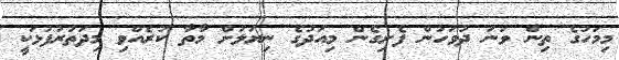
މިމަހުގެ ތިން ވަނަ ދުވަހުން ފެށިގެން މިއަދުގެ ނިޔަލަށް މާތާ ކުރެއްވި މިދަތުރުފުޅަކީ